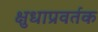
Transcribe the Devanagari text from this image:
क्षुधाप्रवर्तक